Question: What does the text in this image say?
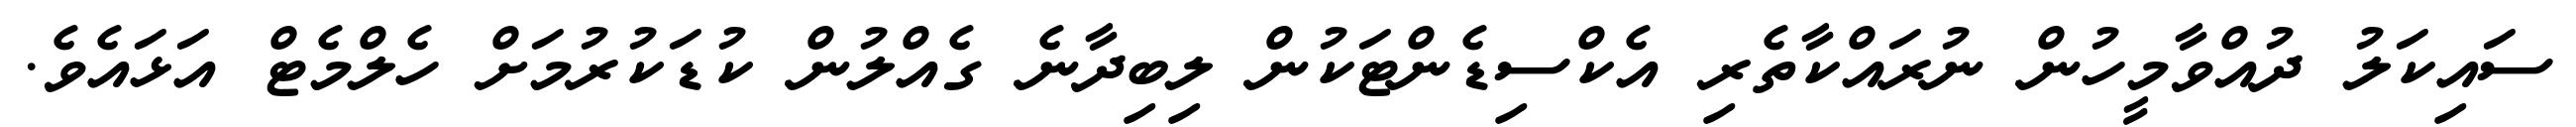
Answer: ސައިކަލު ދުއްވާމީހުން ނުރައްކާތެރި އެކްސިޑެންޓަކުން ލިބިދާނެ ގެއްލުން ކުޑަކުރުމަށް ހެލްމެޓް އަޅައެވެ.